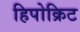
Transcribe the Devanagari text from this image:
हिपोक्रिट